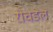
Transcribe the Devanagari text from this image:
रोचडेल